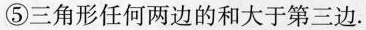
⑤三角形任何两边的和大于第三边.